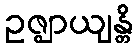
ဥဇ္ဈာယျန္တိ